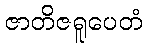
ဇာတိဇရူပေတံ